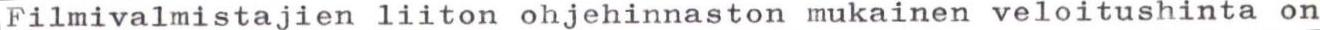
Filmivalmistajien liiton ohjehinnaston mukainen veloitushinta on